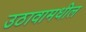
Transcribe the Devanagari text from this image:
उठावामधील